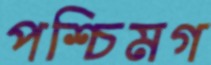
পশ্চিমগ